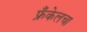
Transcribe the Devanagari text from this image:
फ्रँकेलचा